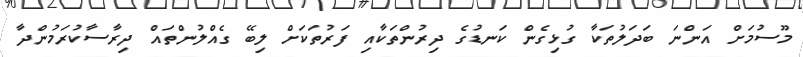
މޫސުމަށް އަންނަ ބަދަލުތަކާ ގުޅިގެން ކަނޑުގެ ދިރުންތަކާއި ފަރުތަކަށް ލިބޭ ގެއްލުންތައް ދިރާސާކުރަމުންދާ